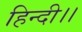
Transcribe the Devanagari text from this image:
हिन्दी।।